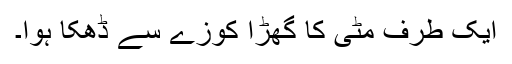
ایک طرف مٹی کا گھڑا کوزے سے ڈھکا ہوا۔